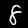
Label: 8